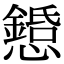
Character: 𢤌